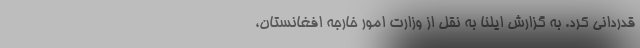
قدردانی کرد. به گزارش ایلنا به نقل از وزارت امور خارجه افغانستان،